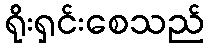
ရိုးရှင်းစေသည်